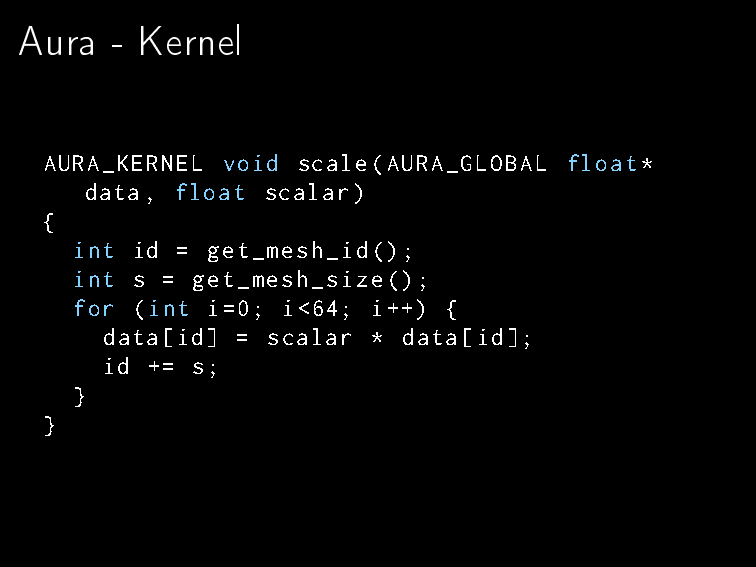
Aura  - Kernel
 AURA_KERNEL void scale(AURA_GLOBAL float*
 data, float scalar)
 {
 int id = get_mesh_id();
 int s = get_mesh_size();
 for (int i=0; i<64; i++) {
 data[id] = scalar * data[id];
 id += s;
 }
 }